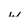
Character: w